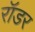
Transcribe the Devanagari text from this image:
रॉडर